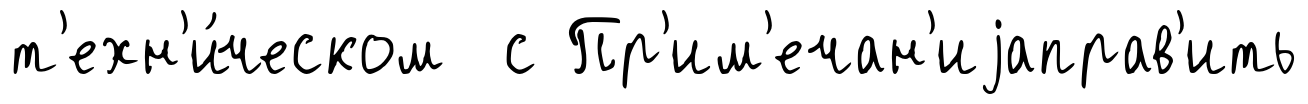
т'ехн'и́ческом с Пр'им'ечан'иjаправ'ить